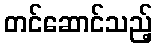
တင်ဆောင်သည့်